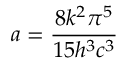
a = \frac { 8 k ^ { 2 } \pi ^ { 5 } } { 1 5 h ^ { 3 } c ^ { 3 } }